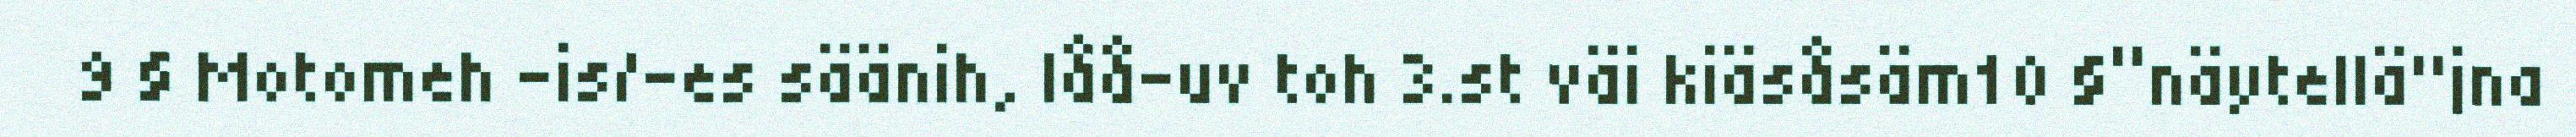
9 § Motomeh –is/-es säänih, låå-uv toh 3.st väi kiäsåsäm10 §“näytellä"jna